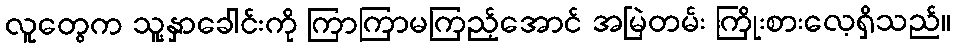
လူတွေက သူ့နှာခေါင်းကို ကြာကြာမကြည့်အောင် အမြဲတမ်း ကြိုးစားလေ့ရှိသည်။